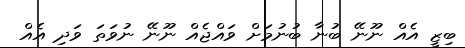
ބިޒީ އެއް ނޫނޭ ބުނާ ބުނުމަށް ވައްޖެއް ނޫނޭ ނުވަތަ ވަދި އެއް